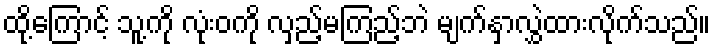
ထို့ကြောင့် သူ့ကို လုံးဝကို လှည့်မကြည့်ဘဲ မျက်နှာလွှဲထားလိုက်သည်။